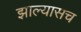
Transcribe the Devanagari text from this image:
झाल्यासच